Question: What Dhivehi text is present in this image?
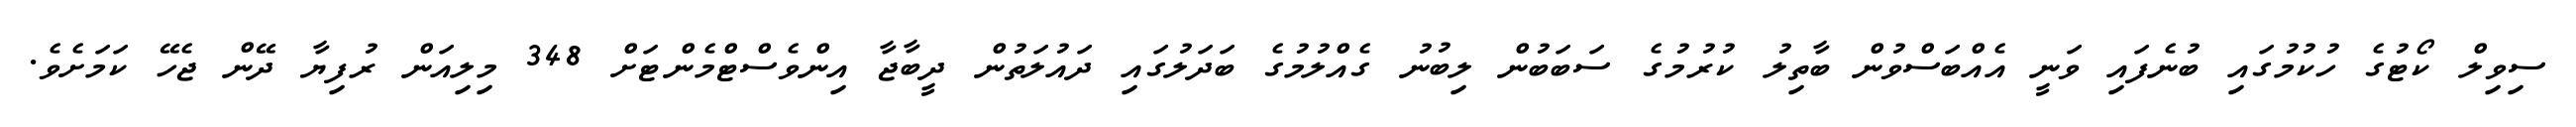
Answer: ސިވިލް ކޯޓުގެ ހުކުމުގައި ބުނެފައި ވަނީ އެއްބަސްވުން ބާތިލު ކުރުމުގެ ސަބަބުން ލިބުނު ގެއްލުމުގެ ބަދަލުގައި ދައުލަތުން ދީބާޖާ އިންވެސްޓްމެންޓަށް 348 މިލިއަން ރުފިޔާ ދޭން ޖެހޭ ކަމަށެވެ.